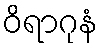
ဝိရာဂုနံ